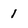
Character: l